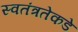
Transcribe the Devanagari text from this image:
स्वतंत्रतेकडे